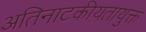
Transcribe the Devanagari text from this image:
अतिनाटकीयतायुक्त